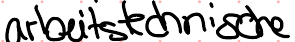
arbeitstechnische